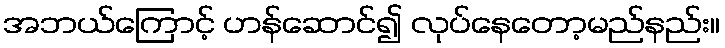
အဘယ်ကြောင့် ဟန်ဆောင်၍ လုပ်နေတော့မည်နည်း။